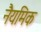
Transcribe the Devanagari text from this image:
नैयमिक